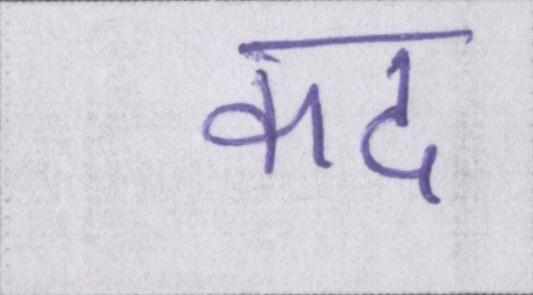
कद